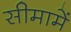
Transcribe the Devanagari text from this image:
सीमामें